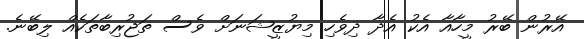
އޭރުން ބޭރު މީހާއާ އެކު އެދާ ދިވެހި މިޔުޒީޝަނަށް ވެސް ތަޖުރިބާތަކެއް ލިބޭނެ.